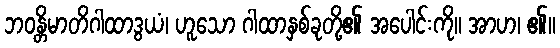
ဘဝန္တိမာတိဂါထာဒွယံ၊ ဟူသော ဂါထာနှစ်ခုတို့၏ အပေါင်းကို။ အာဟ၊ ၏။